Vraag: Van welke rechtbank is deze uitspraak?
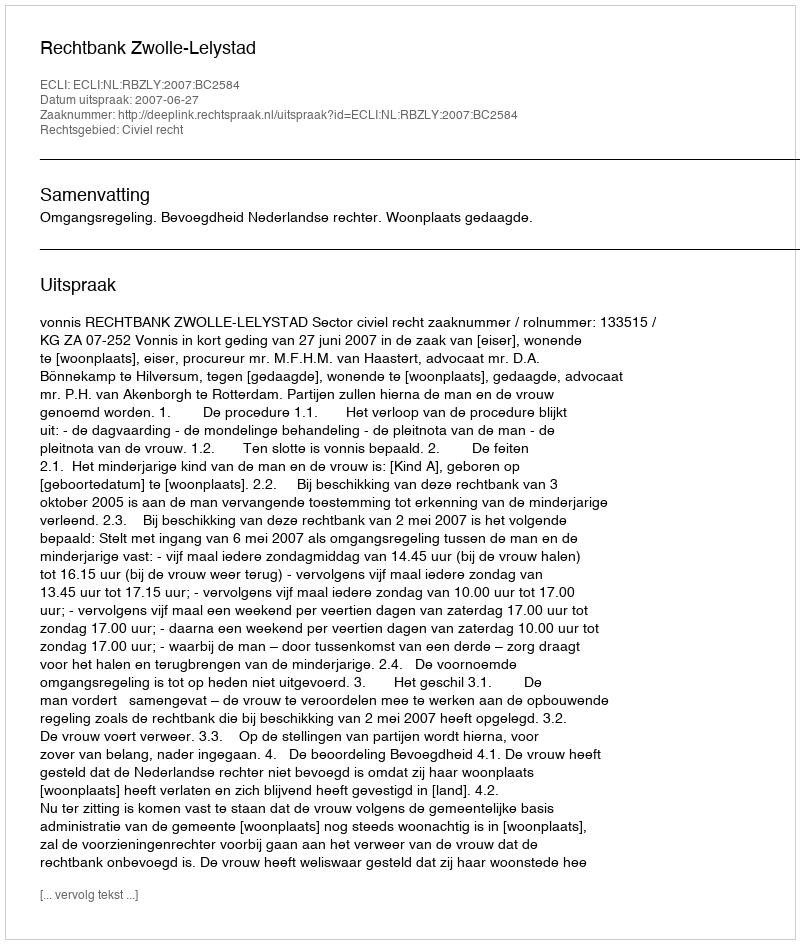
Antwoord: Rechtbank Zwolle-Lelystad